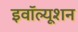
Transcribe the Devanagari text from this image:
इवॉल्यूशन